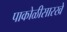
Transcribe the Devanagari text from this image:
पाकोळीसारखे